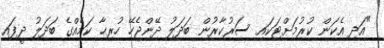
"އަދި އެކަން ކުރުމަށްޓަކައި ސަރުކާރުން ބަދަލު ދޭންޖެހޭ ހުރިހާ ކަމެއްގެ ބަދަލު ދީފައި